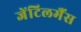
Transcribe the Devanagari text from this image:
जेंटिलमैंस